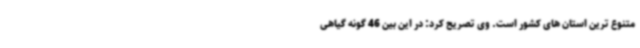
متنوع ترین استان های کشور است. وی تصریح کرد: در این بین 46 گونه گیاهی